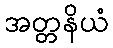
အတ္တနိယံ